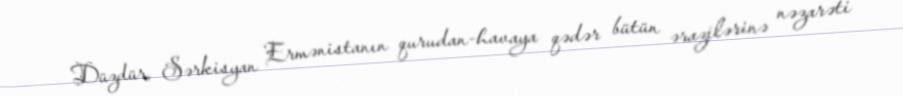
Düzdür, Sərkisyan Ermənistanın qurudan-havaya qədər bütün ərazilərinə nəzarəti